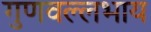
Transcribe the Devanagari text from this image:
गुणवल्लभाय